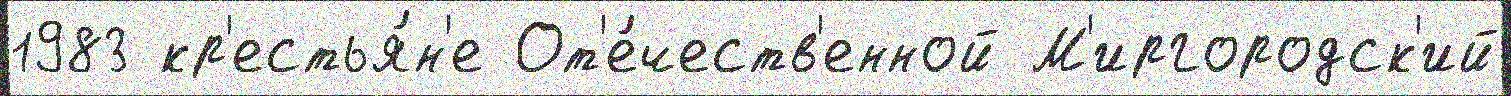
1983 кр'естья́н'е От'е́честв'енной М'иргородск'ий